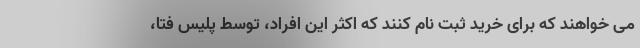
می خواهند که برای خرید ثبت نام کنند که اکثر این افراد، توسط پلیس فتا،